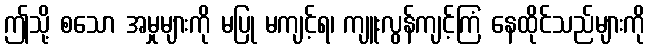
ဤသို့ စသော အမှုများကို မပြု မကျင့်ရ၊ ကျူးလွန်ကျင့်ကြံ နေထိုင်သည်များကို